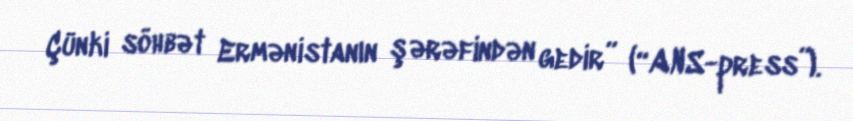
Çünki söhbət Ermənistanın şərəfindən gedir” (“ANS-press”).